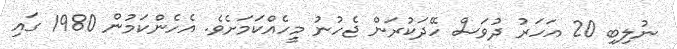
ނުލިބި 20 އަހަރު ދުވަސް ހޭދަކުރަން ޖެހުނު މީހެއްކަމަށެވެ. އެހެންކަމުން 1980 ގައި